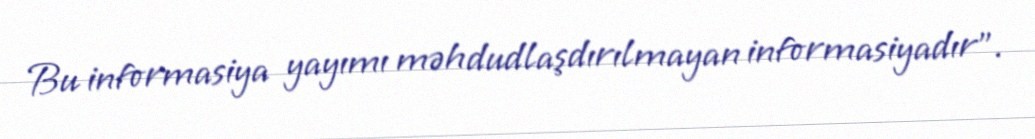
Bu informasiya yayımı məhdudlaşdırılmayan informasiyadır”.